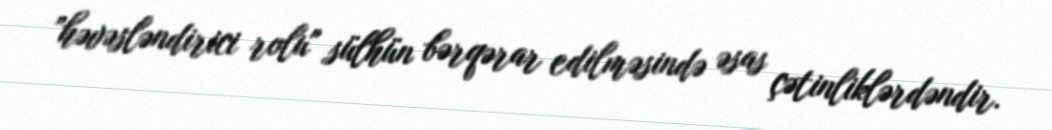
”həvəsləndirici rolu" sülhün bərqərar edilməsində əsas çətinliklərdəndir.